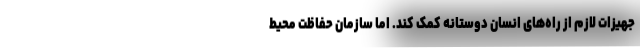
جهیزات لازم از راه‌های انسان دوستانه کمک کند. اما سازمان حفاظت محیط‌